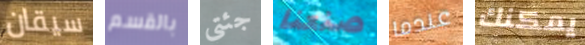
سيقان بالقسم جئتي صنعنا عندما يمكنك